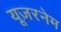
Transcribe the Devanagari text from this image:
यूज़रनेम